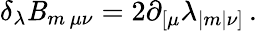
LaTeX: \delta_{\lambda}\mathit{B}_{m\, \mu\nu}=2\partial_{[\mu}\lambda_{|m|\nu]}\, .